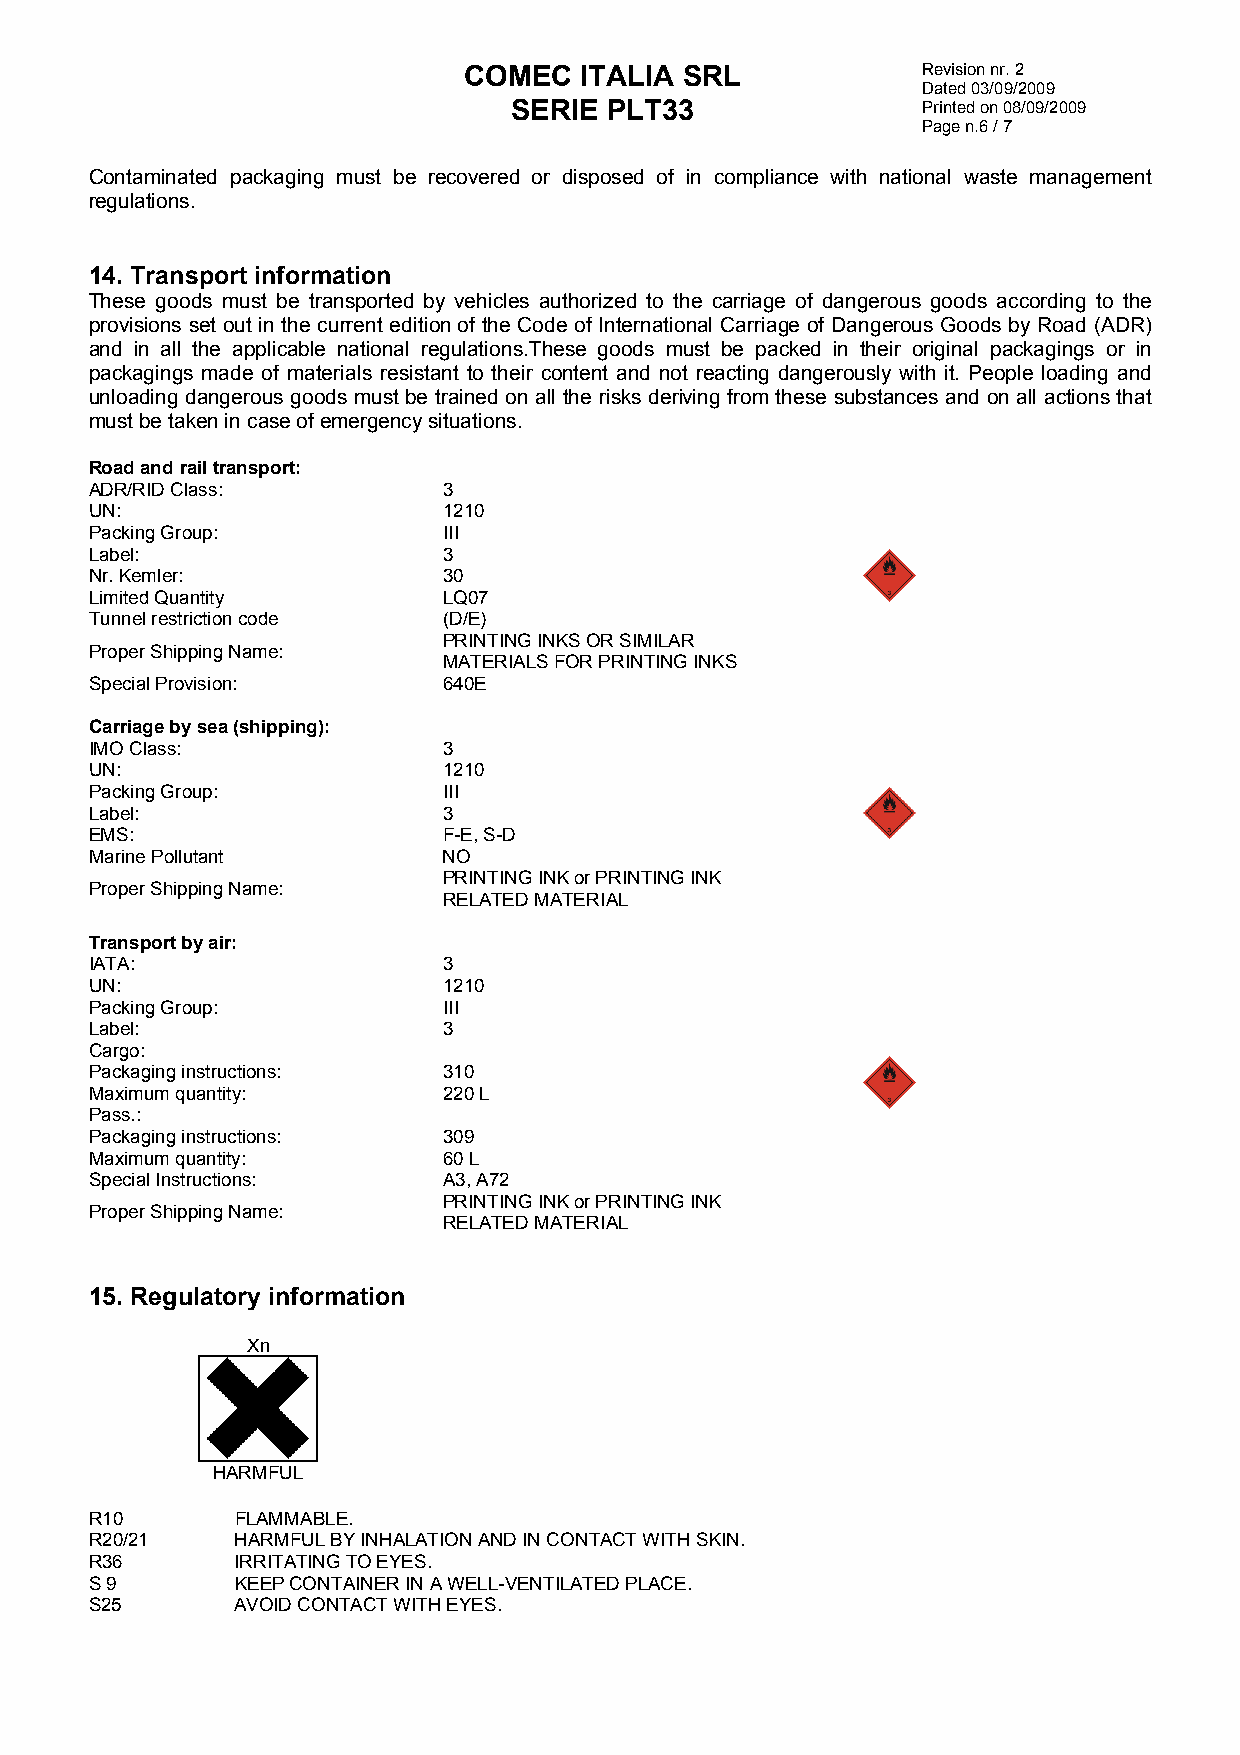
COMEC  ITALIA SRL             Revision nr. 2
 Dated 03/09/2009
 SERIE PLT33                Printed on 08/09/2009
 Page n.6 / 7
 Contaminated packaging must be recovered or disposed of in compliance with national waste management
 regulations.
 14. Transport information
 These goods must be transported by vehicles authorized to the carriage of dangerous goods according to the
 provisions set out in the current edition of the Code of International Carriage of Dangerous Goods by Road (ADR)
 and in all the applicable national regulations.These goods must be packed in their original packagings or in
 packagings made of materials resistant to their content and not reacting dangerously with it. People loading and
 unloading dangerous goods must be trained on all the risks deriving from these substances and on all actions that
 must be taken in case of emergency situations.
 Road and rail transport:
 ADR/RID Class:         3
 UN:                    1210
 Packing Group:         III
 Label:                 3
 Nr. Kemler:            30
 Limited Quantity       LQ07
 Tunnel restriction code (D/E)
 PRINTING INKS OR SIMILAR
 Proper Shipping Name:
 MATERIALS FOR PRINTING INKS
 Special Provision:     640E
 Carriage by sea (shipping):
 IMO Class:             3
 UN:                    1210
 Packing Group:         III
 Label:                 3
 EMS:                   F-E, S-D
 Marine Pollutant       NO
 PRINTING INK or PRINTING INK
 Proper Shipping Name:
 RELATED MATERIAL
 Transport by air:
 IATA:                  3
 UN:                    1210
 Packing Group:         III
 Label:                 3
 Cargo:
 Packaging instructions: 310
 Maximum quantity:      220 L
 Pass.:
 Packaging instructions: 309
 Maximum quantity:      60 L
 Special Instructions:  A3, A72
 PRINTING INK or PRINTING INK
 Proper Shipping Name:
 RELATED MATERIAL
 15. Regulatory information
 Xn
 HARMFUL
 R10       FLAMMABLE.
 R20/21    HARMFUL BY INHALATION AND IN CONTACT WITH SKIN.
 R36       IRRITATING TO EYES.
 S 9       KEEP CONTAINER IN A WELL-VENTILATED PLACE.
 S25       AVOID CONTACT WITH EYES.